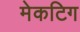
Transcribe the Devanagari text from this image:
मेकटिग